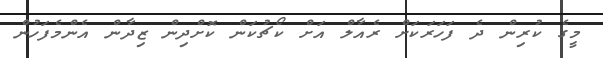
މީގެ ކުރިން ދެ ފަހަރަކަށް ރެއާލް އަށް ކޯޗުކަން ކޮށްދިން ޒިދާން އެންމެފަހުން